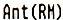
ANT(RM)